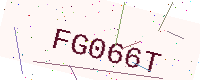
Text: FG066T